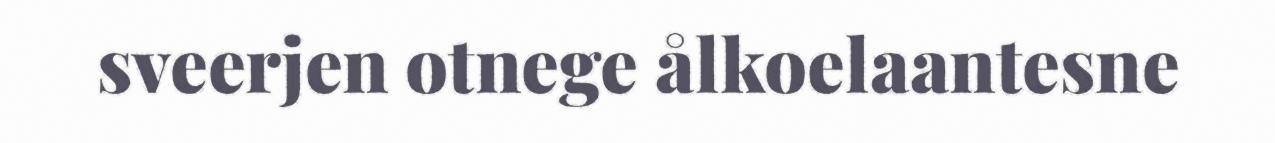
sveerjen otnege ålkoelaantesne